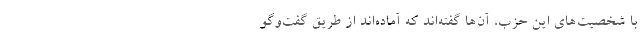
با شخصیت‌های این حزب، آن‌ها گفته‌اند که آماده‌اند از طریق گفت‌وگو